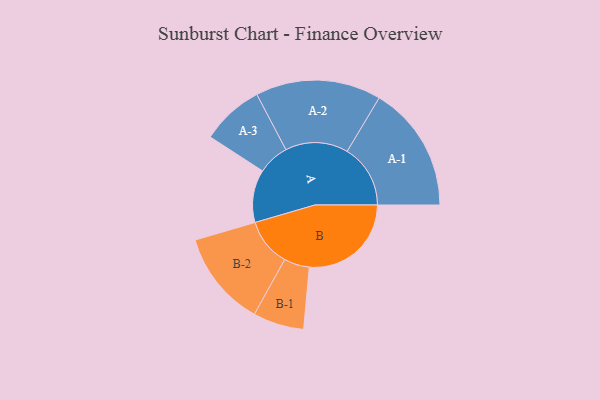
{"axis": {"x": "Segment", "y": "Value"}, "legend": ["", "A", "B"], "data": [{"x": "A", "y": 236, "type": ""}, {"x": "B", "y": 456, "type": ""}, {"x": "A-1", "y": 283, "type": "A"}, {"x": "A-2", "y": 281, "type": "A"}, {"x": "A-3", "y": 140, "type": "A"}, {"x": "B-1", "y": 114, "type": "B"}, {"x": "B-2", "y": 214, "type": "B"}]}